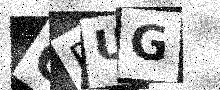
Text: OPUG